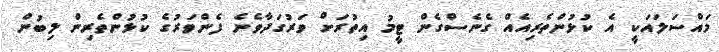
މައްސަލައަކީ އެ ކުޅުންތެރިއެއް ގެނެސްގެން ޓީމު އިތުރަށް ވަރުގަދާވެނެ ފެންވަރުގެ ކުޅުންތެރިން ލިބުން